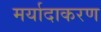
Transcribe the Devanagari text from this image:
मर्यादाकरण